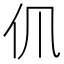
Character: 𠆰